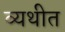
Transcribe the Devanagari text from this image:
व्यथीत